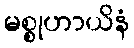
မစ္စုဟာယိနံ